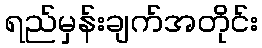
ရည်မှန်းချက်အတိုင်း